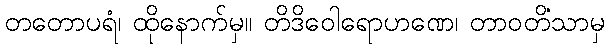
တတောပရံ၊ ထိုနောက်မှ။ တိဒိဝေါရောဟဏေ၊ တာဝတိံသာမှ